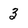
Character: 3